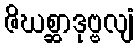
ဇိဃစ္ဆာဒုဗ္ဗလျံ